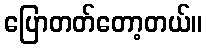
ပြောတတ်တော့တယ်။